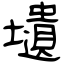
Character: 壝